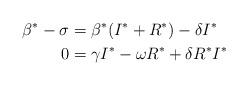
LaTeX: \begin{align*} \beta^*-\sigma &= \beta^*(I^*+R^*)-\delta I^* \\ 0 &= \gamma I^* - \omega R^* +\delta R^* I^*\end{align*}